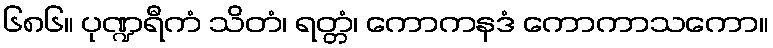
၆၈၆။ ပုဏ္ဍရီကံ သိတံ၊ ရတ္တံ၊ ကောကနဒံ ကောကာသကော။